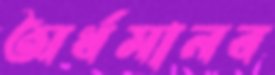
অর্ধমানব